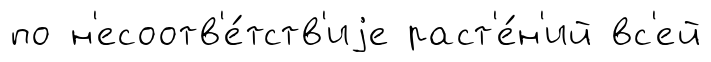
по н'есоотв'е́тств'иjе раст'е́н'ий вс'ей